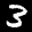
Label: 3